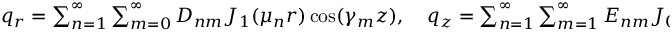
\begin{array} { r } { q _ { r } = \sum _ { n = 1 } ^ { \infty } \sum _ { m = 0 } ^ { \infty } D _ { n m } J _ { 1 } ( \mu _ { n } r ) \cos ( \gamma _ { m } z ) , \quad q _ { z } = \sum _ { n = 1 } ^ { \infty } \sum _ { m = 1 } ^ { \infty } E _ { n m } J _ { 0 } ( \mu _ { n } r ) \sin ( \gamma _ { m } z ) , } \end{array}